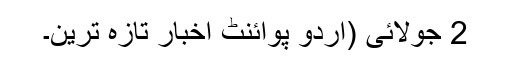
2 جولائی (اُردو پوائنٹ اخبار تازہ ترین۔